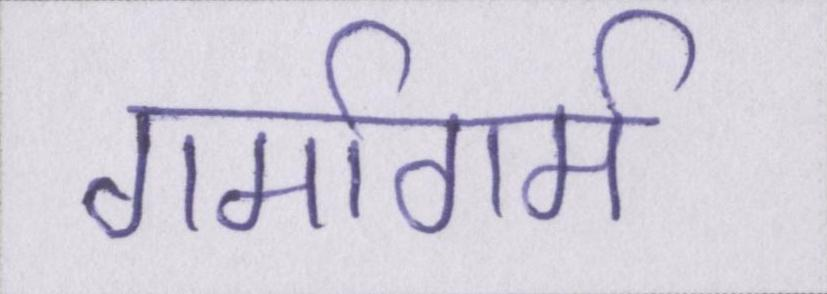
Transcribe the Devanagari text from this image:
गर्मागर्म